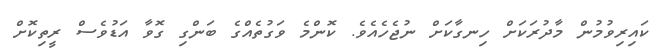
ކައިރިވުމުން މާދުރަކަށް ހިނގާކަށް ނުޖެހެއެވެ. ކޮންމެ ވަގުތެއްގެ ބަންގި ގޮވާ އަޑުވެސް ރީތިކޮށް